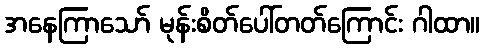
အနေကြာသော် မုန်းစိတ်ပေါ်တတ်ကြောင်း ဂါထာ။